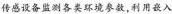
传感设备监测各类环境参，利用嵌入